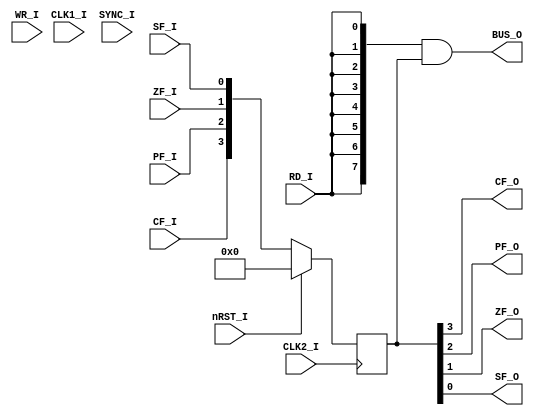
// **********
// COPYRIGHT(c) 2018, LUOYIN
// All rights reserved
// 
// IP LIB INDEX	:
// IP Name		: Intel8008
// Module Name	: cpu_status
// Full Name	: CPU Status Register
// 
// Data			: 2018/04/09
// Version		: 1.0
//
// Abstract		:
// Called By	: cpu
// 
// Modification Histroy
// 
// **********

// **********
// DEFINE MODEL PORT
// **********
//
module cpu_status(
	CLK1_I, CLK2_I, SYNC_I, nRST_I,
	RD_I, WR_I,
	CF_I, PF_I, ZF_I, SF_I,
	CF_O, PF_O, ZF_O, SF_O, BUS_O
);

	// **********
	// DEFINE PARAMETER
	// **********

	// **********
	// DEFINE INPUT
	// **********
	input wire CLK1_I, CLK2_I, SYNC_I, nRST_I;
	input wire RD_I, WR_I;
	input wire CF_I, PF_I, ZF_I, SF_I;

	// **********
	// DEFINE OUTPUT
	// **********
	output wire CF_O, PF_O, ZF_O, SF_O;
	output wire [7:0] BUS_O;

	// **********
	// ATRRIBUTE
	// **********
	reg [3:0] rStatus;

	// **********
	// INSTANCE MODULE
	// **********

	// **********
	// MAIN CODE
	// **********
	assign CF_O = rStatus[3];
	assign PF_O = rStatus[2];
	assign ZF_O = rStatus[1];
	assign SF_O = rStatus[0];
	assign BUS_O = { 8{RD_I} } & { 4'b0, rStatus };
	
	always @(posedge CLK2_I) begin
		if(nRST_I)	rStatus <= 4'b0;
		else		rStatus <= { CF_I, PF_I, ZF_I, SF_I };
		end

endmodule